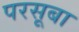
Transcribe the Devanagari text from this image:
परसूबा